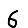
Digit: 6